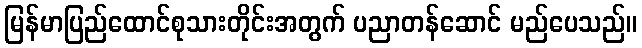
မြန်မာပြည်ထောင်စုသားတိုင်းအတွက် ပညာတန်ဆောင် မည်ပေသည်။